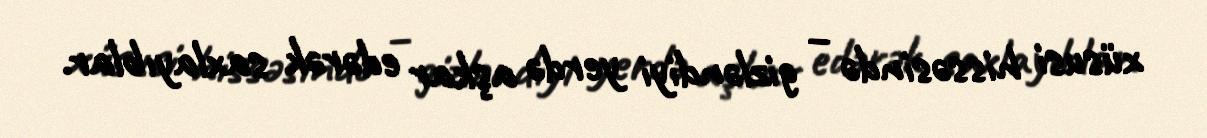
xüsusi hissəsində – gizləndiyi yerdə aşkar edərək saxlayıblar.